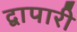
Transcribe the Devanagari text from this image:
द्वापारी